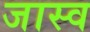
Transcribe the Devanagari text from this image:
जास्व